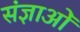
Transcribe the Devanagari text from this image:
संज्ञाओँ